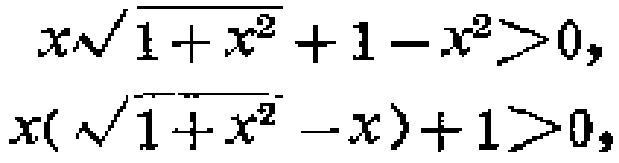
\[

\begin{align*}

x\sqrt{1 + x^{2}}+1 - x^{2}&>0,\\

x(\sqrt{1 + x^{2}}-x)+1&>0,

\end{align*}

\]